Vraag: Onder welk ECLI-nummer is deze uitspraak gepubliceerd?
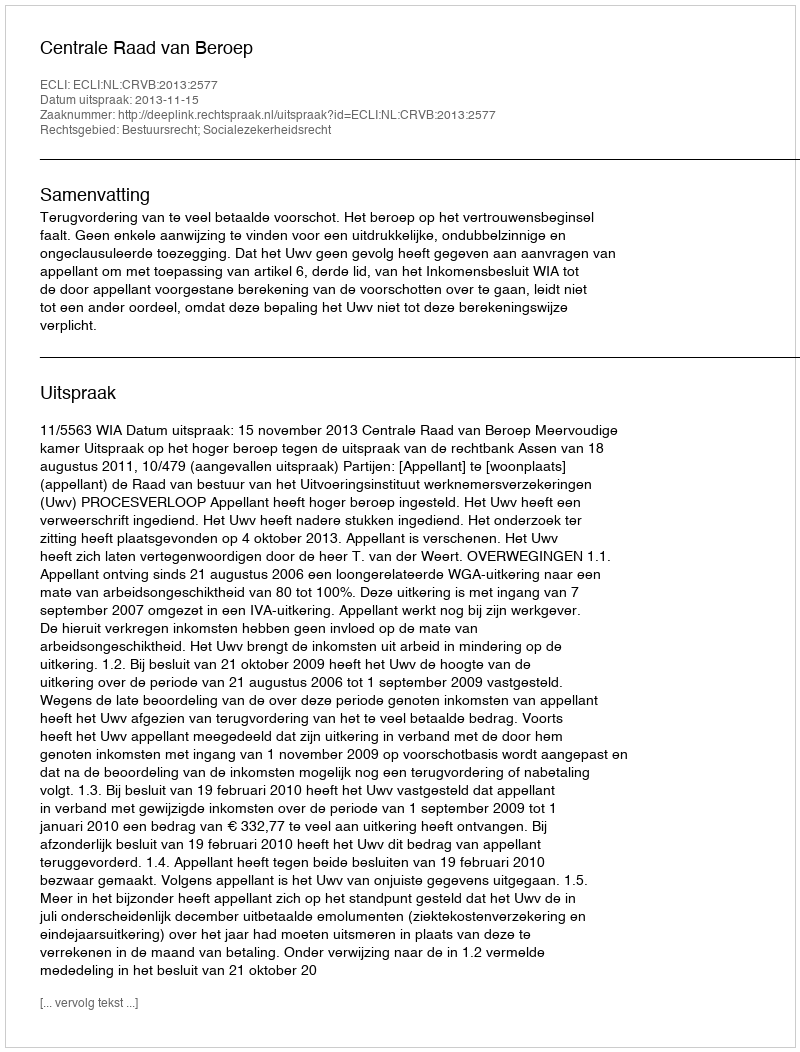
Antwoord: ECLI:NL:CRVB:2013:2577